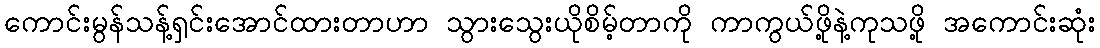
ကောင်းမွန်သန့်ရှင်းအောင်ထားတာဟာ သွားသွေးယိုစိမ့်တာကို ကာကွယ်ဖို့နဲ့ကုသဖို့ အကောင်းဆုံး